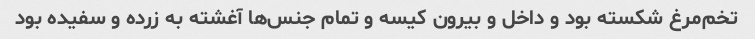
تخم‌مرغ شکسته بود و داخل و بیرون کیسه و تمام جنس‌ها آغشته به زرده و سفیده بود